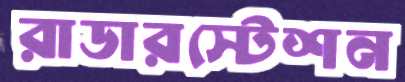
রাডারস্টেশন